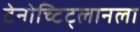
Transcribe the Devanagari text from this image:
टेनोच्टिट्लानला